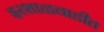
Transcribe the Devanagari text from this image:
इरशाळवाडीत